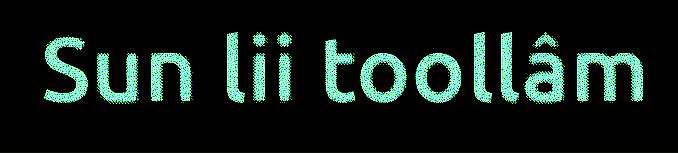
Sun lii toollâm